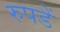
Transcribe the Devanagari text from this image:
रुपडें